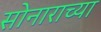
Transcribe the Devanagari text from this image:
सोनाराच्या